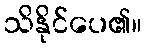
သိနိုင်ပေ၏။